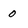
Character: 0